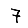
Digit: 7